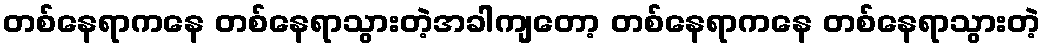
တစ်နေရာကနေ တစ်နေရာသွားတဲ့အခါကျတော့ တစ်နေရာကနေ တစ်နေရာသွားတဲ့